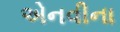
એનવીના